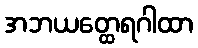
အဘယတ္ထေရဂါထာ